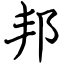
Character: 邦